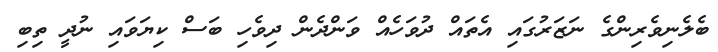
ބެލެނިވެރިންގެ ނަޒަރުގައި އެތައް ދުވަހެއް ވަންދެން ދިވެހި ބަސް ކިޔަވައި ނުދީ ތިބި